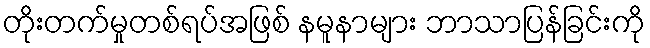
တိုးတက်မှုတစ်ရပ်အဖြစ် နမူနာများ ဘာသာပြန်ခြင်းကို